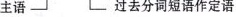
主语 过去分词短语做定语